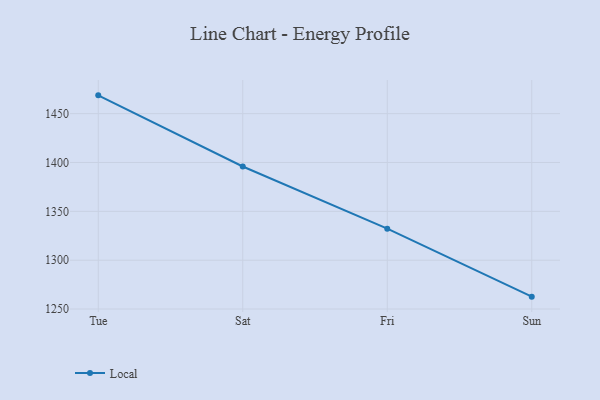
{"axis": {"x": "Day", "y": "Inventory Turnover"}, "legend": ["Local"], "data": [{"x": "Tue", "y": 1468.7, "type": "Local"}, {"x": "Sat", "y": 1395.9, "type": "Local"}, {"x": "Fri", "y": 1332.3, "type": "Local"}, {"x": "Sun", "y": 1262.7, "type": "Local"}]}